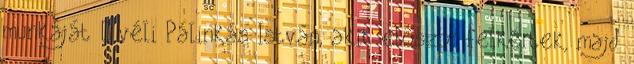
munkáját – véli Pálinkás István, akit elôször felkértek, majd